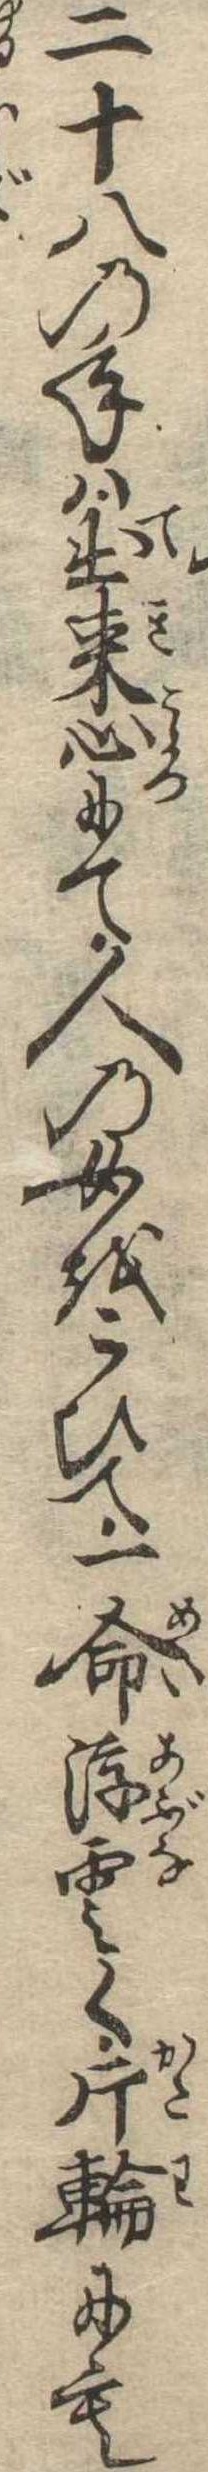
二十八の年は出来心にて人の女をこひて一命浮雲く片輪にも